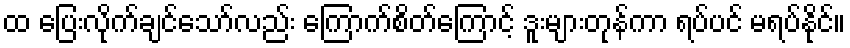
ထ ပြေးလိုက်ချင်သော်လည်း ကြောက်စိတ်ကြောင့် ဒူးများတုန်ကာ ရပ်ပင် မရပ်နိုင်။